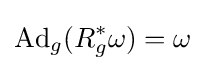
{\hbox{Ad}}_{g}(R_{g}^{*}\omega )=\omega